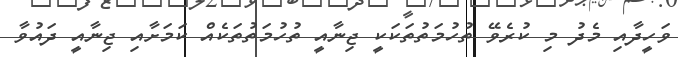
ވަހީދާއި މެދު މި ކުރެވޭ ތުހުމަތުތަކަކީ ޖިނާއީ ތުހުމަތުތަކެއް ކަމަށާއި ޖިނާއީ ދައުވާ